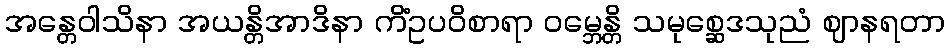
အန္တေဝါသိနာ အယန္တိအာဒိနာ ကိံဥပဝိစာရာ ဝမ္ဘေန္တိ သမုစ္ဆေဒသုညံ ဈာနရတာ